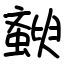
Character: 斔